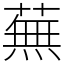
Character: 蕪